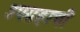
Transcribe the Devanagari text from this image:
उपग्रहाची